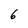
Character: 6